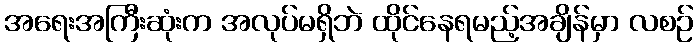
အရေးအကြီးဆုံးက အလုပ်မရှိဘဲ ထိုင်နေရမည့်အချိန်မှာ လစဉ်